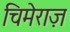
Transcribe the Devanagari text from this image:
चिमेराज़